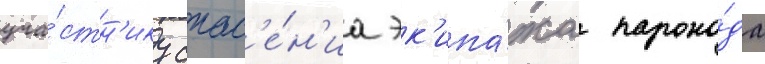
уча́стн'ику спас'е́н'иа эк'ипа́жа парохо́да